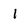
Character: 1